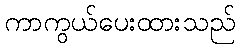
ကာကွယ်ပေးထားသည်